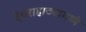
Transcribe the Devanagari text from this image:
देवराहाट्यामध्ये